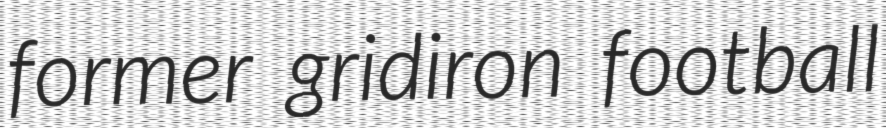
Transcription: former gridiron football